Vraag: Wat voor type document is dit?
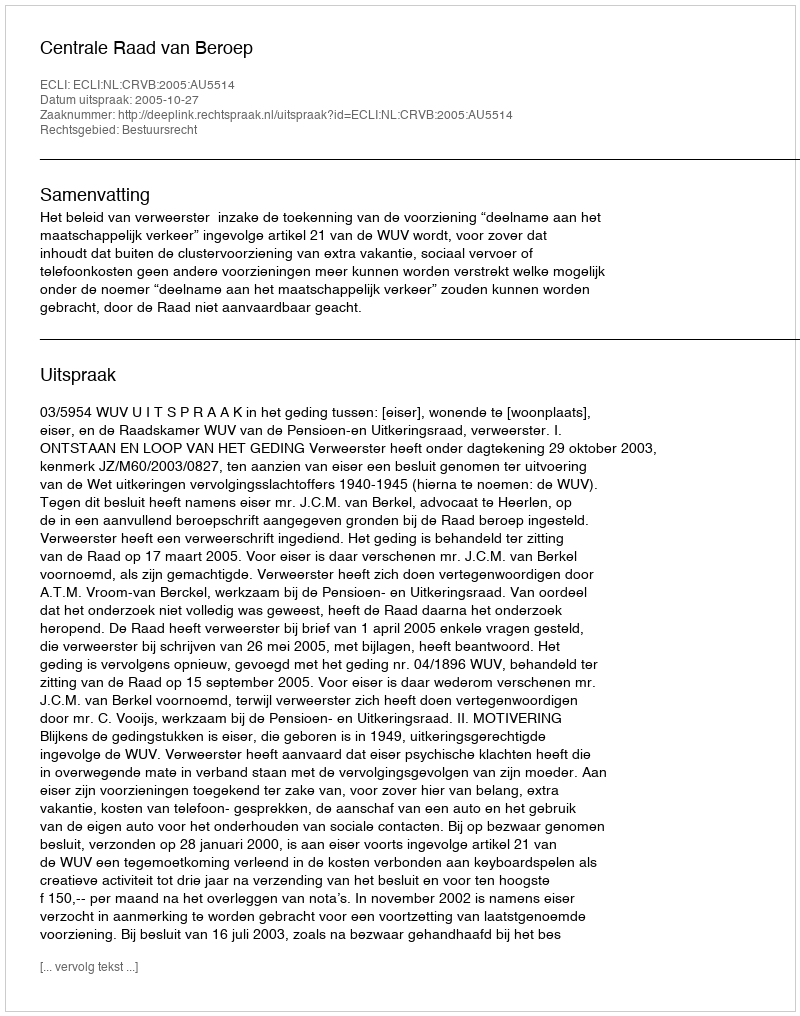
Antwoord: Uitspraak